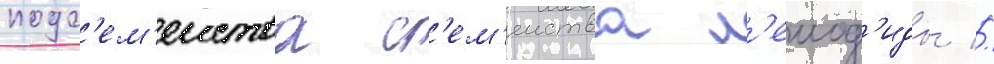
подс'ем'еиства с'ем'еиства л'еиод'иды //